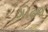
ગોઢણ